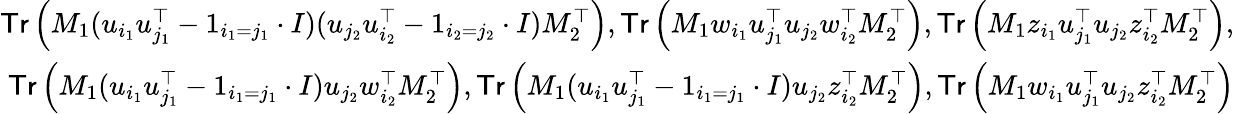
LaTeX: \begin{array}{r}{\textsf{Tr}\left(M_{1}(u_{i_{1}}u_{j_{1}}^{\top}-1_{i_{1}=j_{1}}\cdot I)(u_{j_{2}}u_{i_{2}}^{\top}-1_{i_{2}=j_{2}}\cdot I)M_{2}^{\top}\right),\textsf{Tr}\left(M_{1}w_{i_{1}}u_{j_{1}}^{\top}u_{j_{2}}w_{i_{2}}^{\top}M_{2}^{\top}\right),\textsf{Tr}\left(M_{1}z_{i_{1}}u_{j_{1}}^{\top}u_{j_{2}}z_{i_{2}}^{\top}M_{2}^{\top}\right),}\\ {\textsf{Tr}\left(M_{1}(u_{i_{1}}u_{j_{1}}^{\top}-1_{i_{1}=j_{1}}\cdot I)u_{j_{2}}w_{i_{2}}^{\top}M_{2}^{\top}\right),\textsf{Tr}\left(M_{1}(u_{i_{1}}u_{j_{1}}^{\top}-1_{i_{1}=j_{1}}\cdot I)u_{j_{2}}z_{i_{2}}^{\top}M_{2}^{\top}\right),\textsf{Tr}\left(M_{1}w_{i_{1}}u_{j_{1}}^{\top}u_{j_{2}}z_{i_{2}}^{\top}M_{2}^{\top}\right)}\end{array}